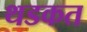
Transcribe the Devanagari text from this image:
थडकत